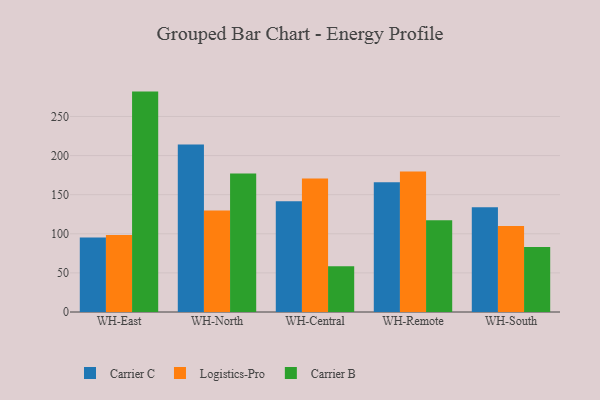
{"axis": {"x": "Warehouse", "y": "Conversion Rate (%)"}, "legend": ["Carrier B", "Carrier C", "Logistics-Pro"], "data": [{"x": "WH-East", "y": 95.2, "type": "Carrier C"}, {"x": "WH-East", "y": 98.5, "type": "Logistics-Pro"}, {"x": "WH-East", "y": 281.8, "type": "Carrier B"}, {"x": "WH-North", "y": 214.1, "type": "Carrier C"}, {"x": "WH-North", "y": 129.7, "type": "Logistics-Pro"}, {"x": "WH-North", "y": 177.0, "type": "Carrier B"}, {"x": "WH-Central", "y": 141.5, "type": "Carrier C"}, {"x": "WH-Central", "y": 170.8, "type": "Logistics-Pro"}, {"x": "WH-Central", "y": 58.6, "type": "Carrier B"}, {"x": "WH-Remote", "y": 165.8, "type": "Carrier C"}, {"x": "WH-Remote", "y": 179.7, "type": "Logistics-Pro"}, {"x": "WH-Remote", "y": 117.2, "type": "Carrier B"}, {"x": "WH-South", "y": 134.0, "type": "Carrier C"}, {"x": "WH-South", "y": 110.0, "type": "Logistics-Pro"}, {"x": "WH-South", "y": 83.0, "type": "Carrier B"}]}